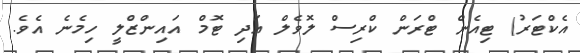
އެކްޓަރު) ޓިއެން ޓްރަން ކްރިސް ލޮވެލް އަދި ޓޮމް އައިންޒްލީ ހިމެނެ އެވެ.